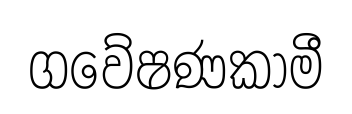
ගවේෂණකාමී